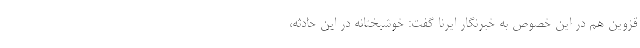
قزوین هم در این خصوص به خبرنگار ایرنا گفت: خوشبختانه در این حادثه،